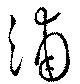
浦